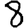
Digit: 8